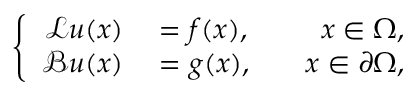
\left\{ \begin{array} { r l r } { \mathcal { L } \boldsymbol { u } ( \boldsymbol { x } ) } & { { } = \boldsymbol { f } ( \boldsymbol { x } ) , } & { \quad \boldsymbol { x } \in \Omega , } \\ { \mathcal { B } \boldsymbol { u } ( \boldsymbol { x } ) } & { { } = \boldsymbol { g } ( \boldsymbol { x } ) , } & { \quad \boldsymbol { x } \in \partial \Omega , } \end{array} \right.